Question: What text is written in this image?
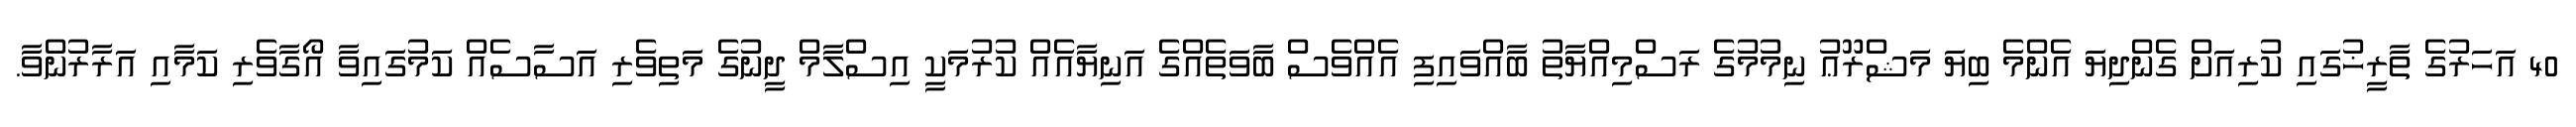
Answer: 40 އަހަރުގެ ތާރީޚުގައި ކުރިއަށް ގެންދިޔަ އެންމެ ބިޔަ މަޝްރޫޢު ނިމުމުގެ ރަސްމިއްޔާތު ބާއްވައިފި އެއްވެސް ބާވަތެއްގެ އަނިޔާއެއް ކުރުމަކީ އިސްލާމް ދީނުގެ މަތިވެރި އަސާސެއް ކަމުގައިވާ އޯގާވެރި ކަމާއި އަރާރުންވާ.